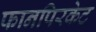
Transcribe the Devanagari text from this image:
फानपिरकेट